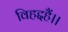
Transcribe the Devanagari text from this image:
विहद्दहैं।।